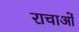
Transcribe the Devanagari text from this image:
राचाओं